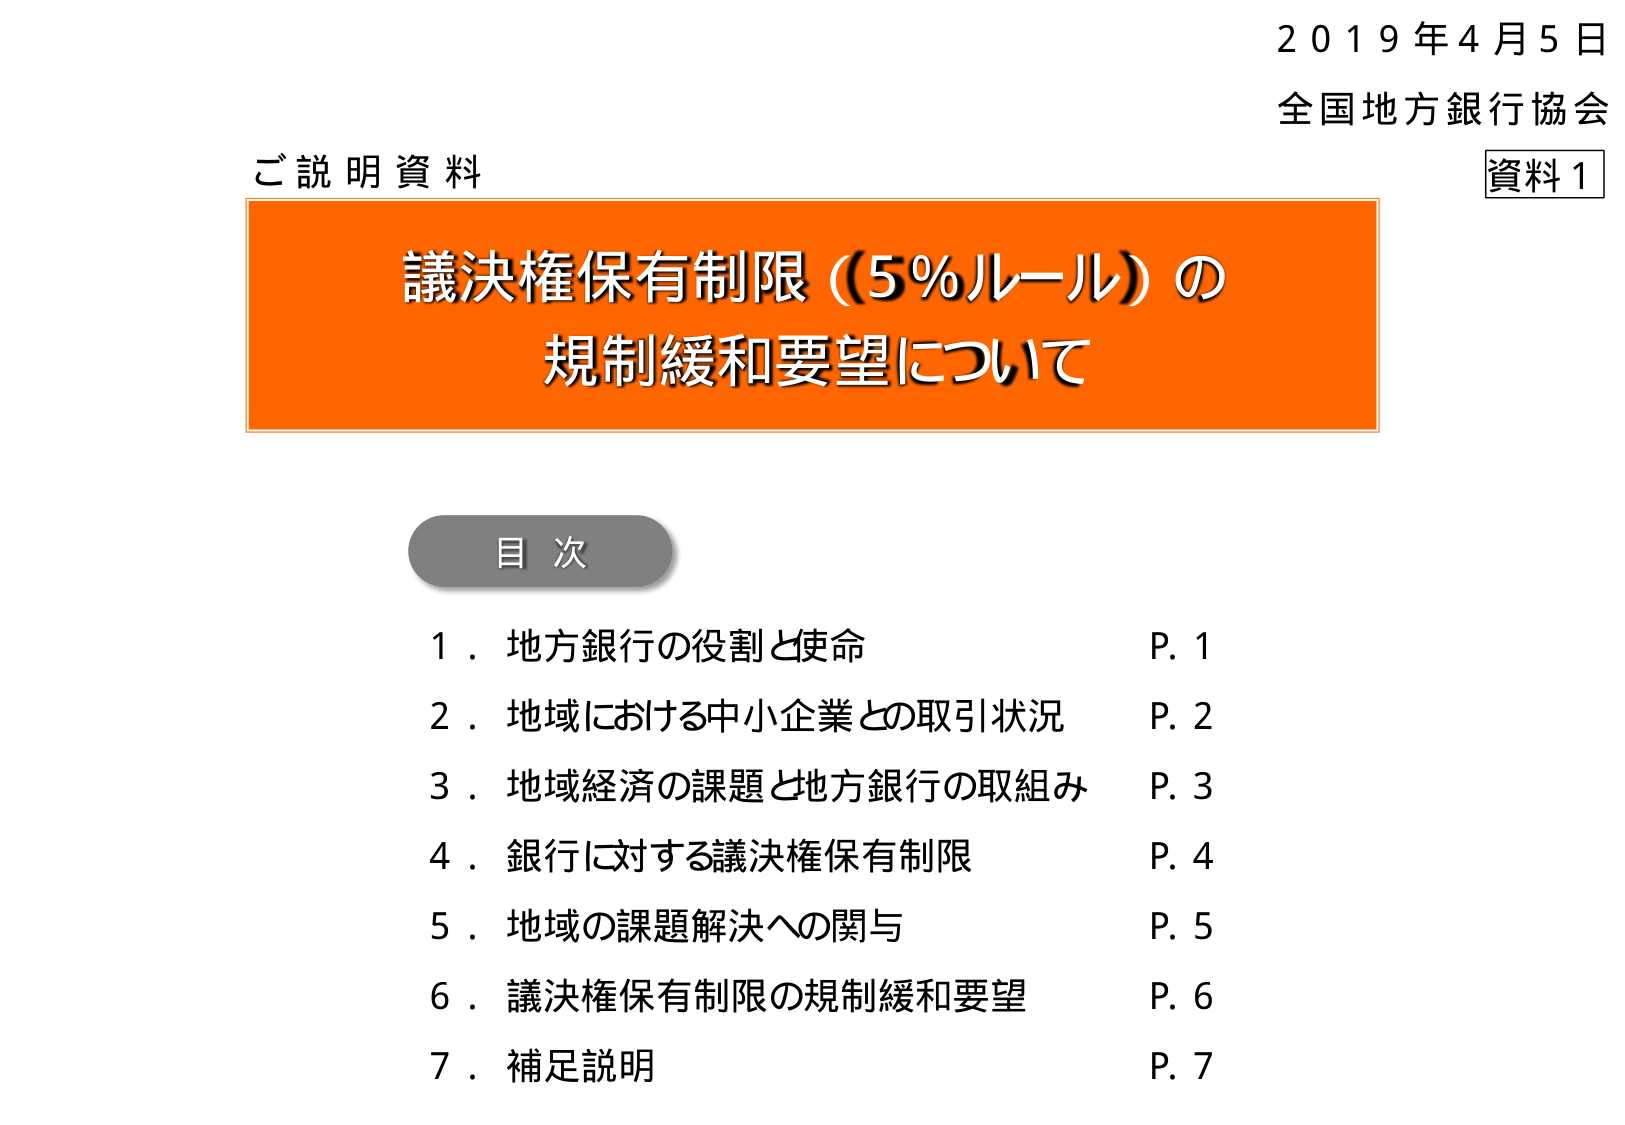
2019年4月5日
全国地方銀行協会
資料1
ご説明資料
議決権保有制限（5％ルール）の
規制緩和要望について
目次
1．地方銀行の役割と使命 P.1
2．地域における中小企業との取引状況 P.2
3．地域経済の課題と地方銀行の取組み P.3
4．銀行に対する議決権保有制限 P.4
5．地域の課題解決への関与 P.5
6．議決権保有制限の規制緩和要望 P.6
7．補足説明 P.7